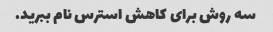
سه روش برای کاهش استرس نام ببرید.